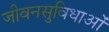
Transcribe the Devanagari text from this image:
जीवनसुविधाओं